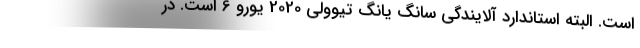
است. البته استاندارد آلایندگی سانگ یانگ تیوولی 2020 یورو 6 است. در